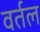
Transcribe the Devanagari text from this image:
वर्तल